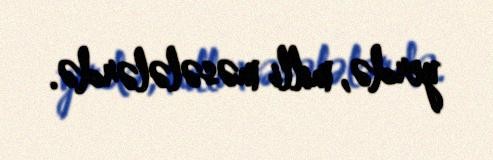
yerdə, milli məsələlərdə.